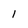
Character: l